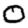
Digit: 0